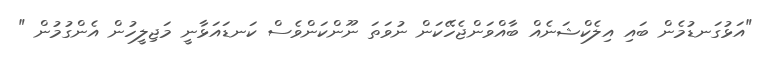
"އަޅުގަނޑުމެން ބައި އިލެކްޝަނެއް ބާއްވަންޖެހޭކަން ނުވަތަ ނޫންކަންވެސް ކަނޑައަޅާނީ މަޖިލީހުން އެންގުމުން "